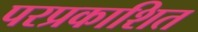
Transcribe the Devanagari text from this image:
परप्रकाशित